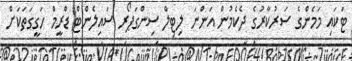
ޓަކައި މަމެންގެ ސަރުކާރުގެ ދެކެމުން އަންނަ ލިޓިލް ސިންގަޕޯރ ސައިލެންޓް ޑްރީމް ހަގީގަތަކަށް